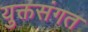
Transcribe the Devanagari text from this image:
युक्तसंगत